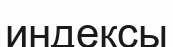
индексы